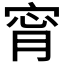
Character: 𡨪